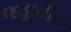
જહાલીયા